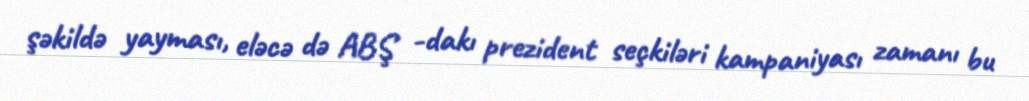
şəkildə yayması, eləcə də ABŞ -dakı prezident seçkiləri kampaniyası zamanı bu